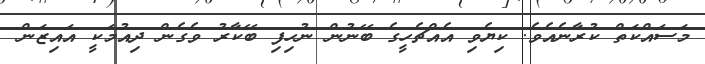
މަސައްކަތް ކުރާނެއެވެ. ކިޔެވި އެއްޗެހީގެ ބޭނުން ނުހިފި ބޭކާރު ވެގެން ދިއުމަކީ އައިޒަން